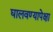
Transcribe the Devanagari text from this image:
घालवण्यापेक्षा